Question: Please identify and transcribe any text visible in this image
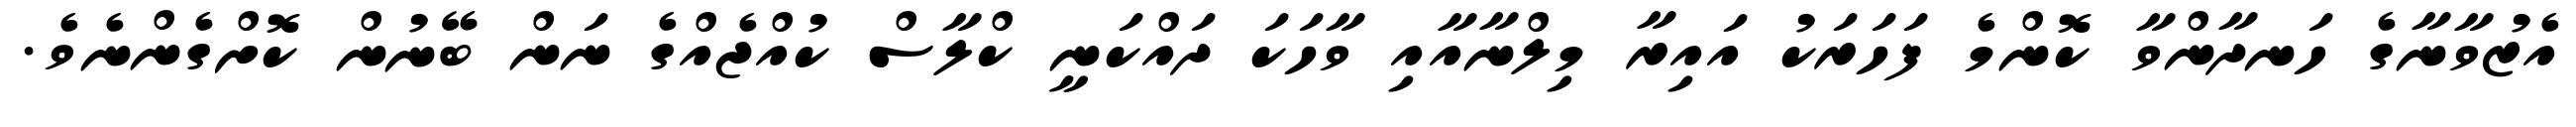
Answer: އެޒުވާނާގެ ހަނދާންވާ ކޮންމެ ފަހަރަކު އައިރާ މިލްނާއާއި ވާހަކަ ދައްކަނީ ކްލާސް ކުއްޖެއްގެ ނަން ބޭނުން ކޮށްގެންނެވެ.